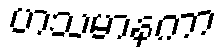
ဟသမာနကာ